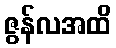
ဇွန်လအထိ